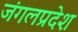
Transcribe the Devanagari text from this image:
जंगलप्रदेश